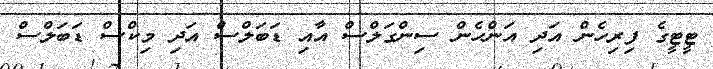
ޓީޓީގެ ފިރިހެން އަދި އަންހެން ސިންގަލްސް އާއި ޑަބަލްސް އަދި މިކްސް ޑަބަލްސް